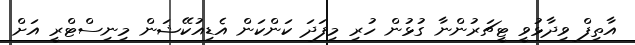
އާތިފް ވިދާޅުވީ ޓީޗަރުންނާ ގުޅުން ހުރި މިފަދަ ކަންކަން އެޑިއުކޭޝަން މިނިސްޓްރީ އަށް